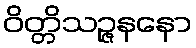
ဝိတ္တိသဉ္ဇနနော